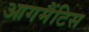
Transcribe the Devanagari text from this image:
आगमैंटिस